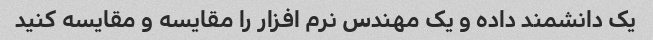
یک دانشمند داده و یک مهندس نرم افزار را مقایسه و مقایسه کنید